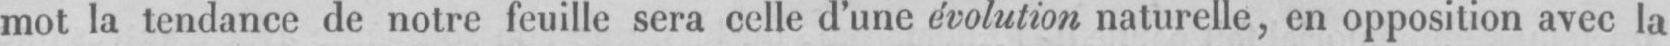
mot la tendance de notre feuille sera celle d’une évolution naturelle, en opposition avec la